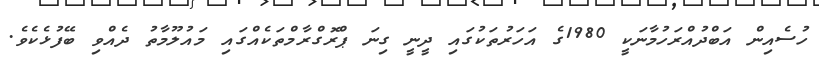
ހުސެއިން އަބްދުއްރަހުމާނަކީ 1980ގެ އަހަރުތަކުގައި ދީނީ ގިނަ ޕްރޮގްރާމްތަކެއްގައި މައުލޫމާތު ދެއްވި ބޭފުޅެކެވެ.